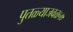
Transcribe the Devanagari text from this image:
पुतळ्याजवळ५७